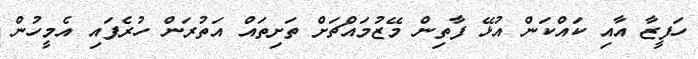
ހަފީޒާ އާއި ކައްކަން އުޅޭ ފާތިން މޭޒުމައްޗަށް ތަށިތައް އަތުރަން ހުރެފައި އެމީހުން